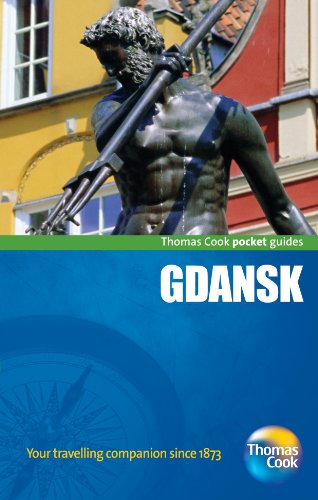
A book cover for Gdansk Pocket Guide, 3rd (Thomas Cook Pocket Guides); Thomas Cook Publishing; Travel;